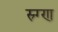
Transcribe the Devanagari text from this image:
स्र्ग्ण